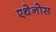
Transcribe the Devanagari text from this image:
एथेनोस